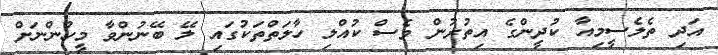
އަދި ތެލެސީމިއާ ކުދީންގެ އިތުރުން ވެސް ކުއްލި ހާލަތްތަކުގައި ލޭ ބޭނުންވާ މީހުންނަށް